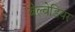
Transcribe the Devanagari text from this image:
बेल्वेडियर